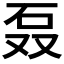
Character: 𰦫